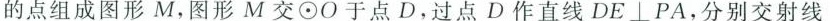
的点组成图形M，图形M交\odot O于点D.过点D作直线DE\bot PA，分别交射线